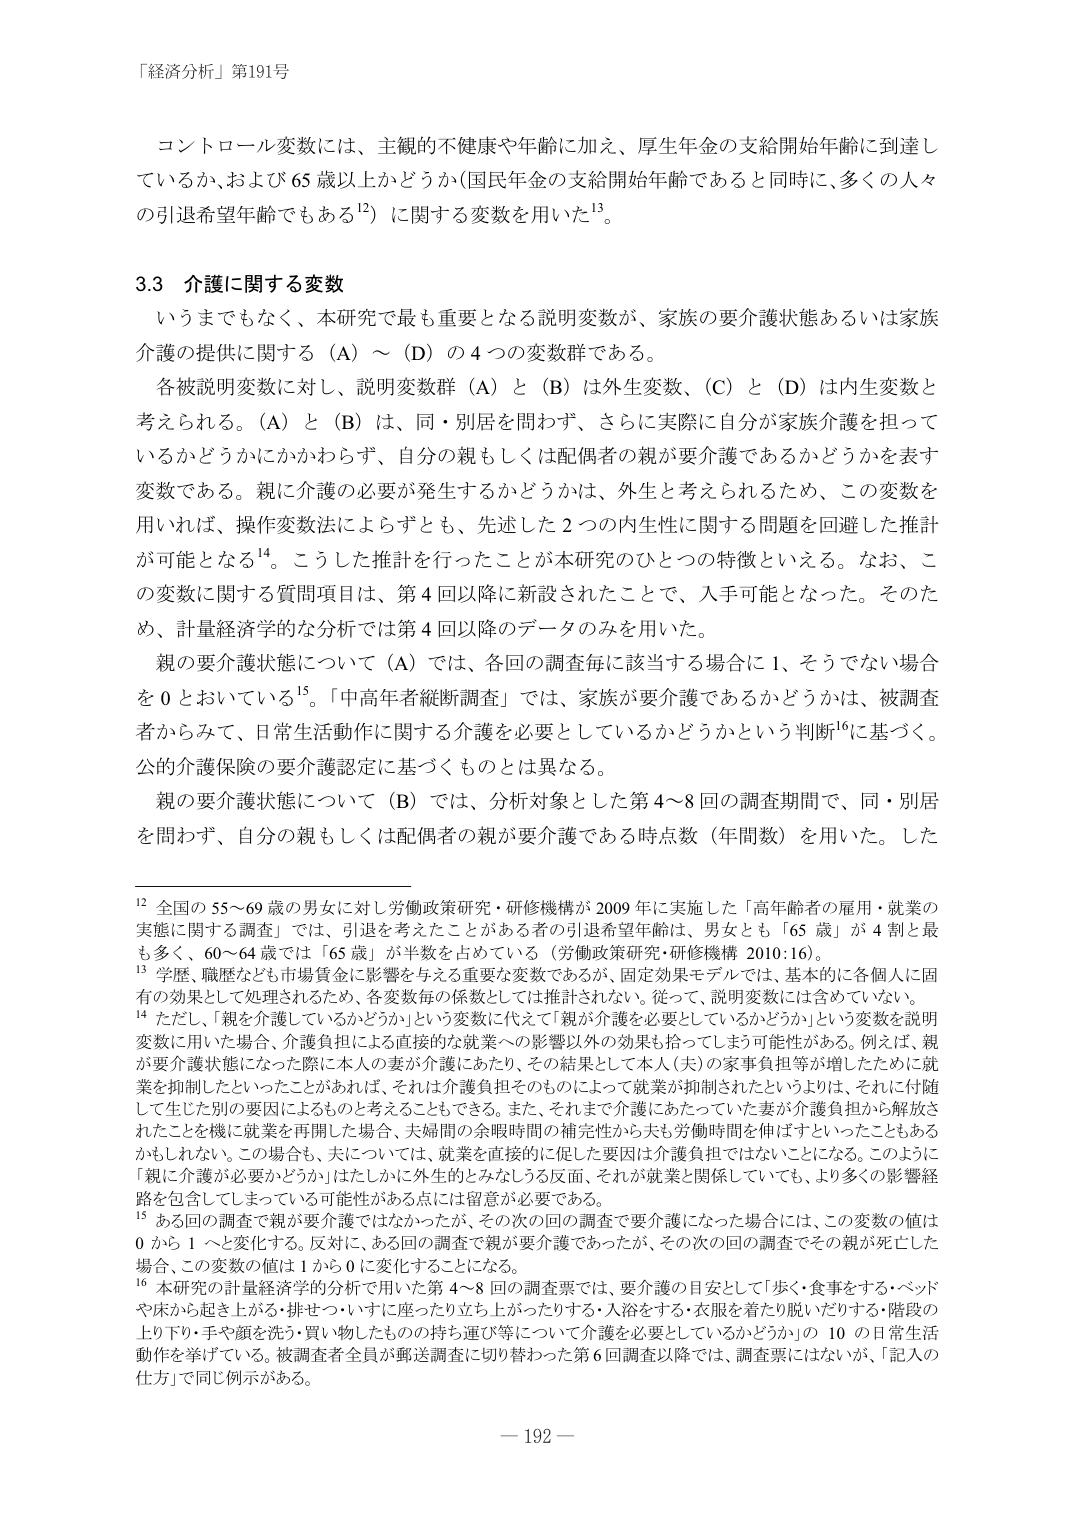
「経済分析」第191号

コントロール変数には、主観的不健康や年齢に加え、厚生年金の支給開始年齢に到達しているか、および65歳以上かどうか（国民年金の支給開始年齢であると同時に、多くの人々の引退希望年齢でもある¹²）に関する変数を用いた¹³。

3.3 介護に関する変数

いうまでもなく、本研究で最も重要となる説明変数が、家族の要介護状態あるいは家族介護の提供に関する（A）～（D）の4つの変数群である。

各被説明変数に対し、説明変数群（A）と（B）は外生変数、（C）と（D）は内生変数と考えられる。（A）と（B）は、同・別居を問わず、さらに実際に自分が家族介護を担っているかどうかにかかわらず、自分の親もしくは配偶者の親が要介護であるかどうかを表す変数である。親に介護の必要が発生するかどうかは、外生と考えられるため、この変数を用いれば、操作変数法によらずとも、先述した2つの内生性に関する問題を回避した推計が可能となる¹⁴。こうした推計を行ったことが本研究のひとつの特徴といえる。なお、この変数に関する質問項目は、第4回以降に新設されたことで、入手可能となった。そのため、計量経済学的な分析では第4回以降のデータのみを用いた。

親の要介護状態について（A）では、各回の調査毎に該当する場合に1、そうでない場合を0とおいている¹⁵。「中高年者縦断調査」では、家族が要介護であるかどうかは、被調査者からみて、日常生活動作に関する介護を必要としているかどうかという判断¹⁶に基づく。公的介護保険の要介護認定に基づくものとは異なる。

親の要介護状態について（B）では、分析対象とした第4～8回の調査期間で、同・別居を問わず、自分の親もしくは配偶者の親が要介護である時点数（年間数）を用いた。した

¹² 全国の55～69歳の男女に対し労働政策研究・研修機構が2009年に実施した「高年齢者の雇用・就業の実態に関する調査」では、引退を考えたことがある者の引退希望年齢は、男女とも「65歳」が4割と最も多く、60～64歳では「65歳」が半数を占めている（労働政策研究・研修機構 2010:16）。

¹³ 学歴、職歴なども市場賃金に影響を与える重要な変数であるが、固定効果モデルでは、基本的に各個人に固有の効果として処理されるため、各変数毎の係数としては推計されない。従って、説明変数には含めていない。

¹⁴ ただし、「親を介護しているかどうか」という変数に代えて「親が介護を必要としているかどうか」という変数を説明変数に用いた場合、介護負担による直接的な就業への影響以外の効果も拾ってしまう可能性がある。例えば、親が要介護状態になった際に本人の妻が介護にあたり、その結果として本人（夫）の家事負担等が増したために就業を抑制したといったことがあれば、それは介護負担そのものによって就業が抑制されたというよりは、それに付随して生じた別の要因によるものと考えることもできる。また、それまで介護にあたっていた妻が介護負担から解放されたことを機に就業を再開した場合、夫婦間の余暇時間の補完性から夫も労働時間を伸ばすといったこともありかねられない。この場合も、夫については、就業を直接的に促した要因は介護負担ではないことになる。このように「親に介護が必要かどうか」はたしかに外生的とみなしうる反面、それが就業と関係していても、より多くの影響経路を包含してしまっている可能性がある点には留意が必要である。

¹⁵ ある回の調査で親が要介護ではなかったが、その次の回の調査で要介護になった場合には、この変数の値は0から1へと変化する。反対に、ある回の調査で親が要介護であったが、その次の回の調査でその親が死亡した場合、この変数の値は1から0に変化することになる。

¹⁶ 本研究の計量経済学的分析で用いた第4～8回の調査票では、要介護の目安として「歩く・食事をする・ベッドや床から起き上がる・排せつ・いすに座ったり立ち上がったりする・入浴をする・衣服を着たり脱いだりする・階段の上り下り・手や顔を洗う・買い物したものの持ち運び等について介護を必要としているかどうか」の10の日常生活動作を挙げている。被調査者全員が郵送調査に切り替わった第6回調査以降では、調査票にはないが、「記入の仕方」で同じ例示がある。

— 192 —